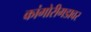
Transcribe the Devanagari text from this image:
कांगोरीगडावर